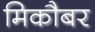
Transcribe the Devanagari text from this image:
मिकौबर